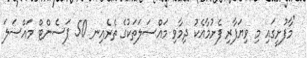
"މާފުށީގައި މި ވިޔަފާރި ފެށުމާއެކު ދިމާވި މައްސަލަތަކުގެ ތެރެއިނ 50 ޕަސެންޓް މައްސަލަ